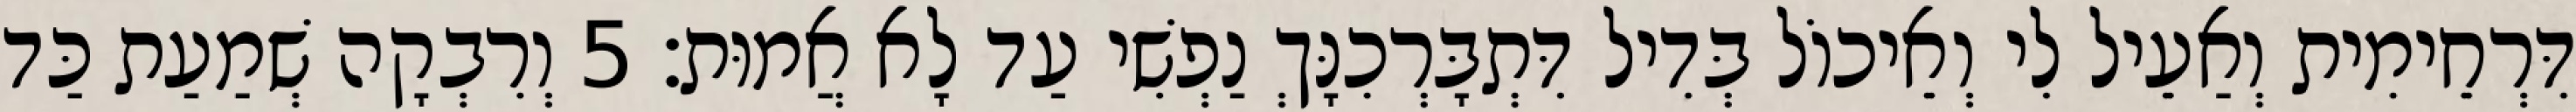
דִּרְחֵימִית וְאַעֵיל לִי וְאֵיכוֹל בְּדִיל דִּתְבָּרְכִנָּךְ נַפְשִׁי עַד לָא אֲמוּת׃ 5 וְרִבְקָה שְׁמַעַת כַּד